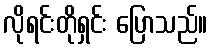
လိုရင်းတိုရှင်း ပြောသည်။